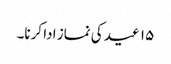
۱۵ عید کی نماز ادا کرنا۔